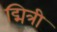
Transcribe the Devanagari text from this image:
द्मित्री